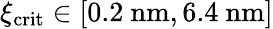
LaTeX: \xi_{\mathrm{crit}}\in[0.2\ \mathrm{nm},6.4\ \mathrm{nm}]